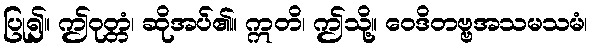
ပြု၍။ ဤဝုတ္တံ၊ ဆိုအပ်၏။ ဣတိ၊ ဤသို့။ ဝေဒိတဗ္ဗအသမသမံ၊